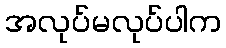
အလုပ်မလုပ်ပါက